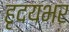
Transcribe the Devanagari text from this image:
हृदयभर